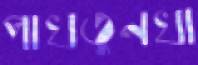
পাখতুনখা